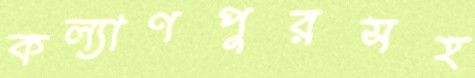
কল্যাণপুরসহ